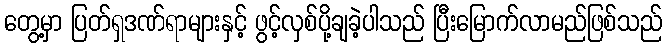
တွေ့မှာ ပြတ်ရှဒဏ်ရာများနှင့် ဖွင့်လှစ်ပို့ချခဲ့ပါသည် ပြီးမြောက်လာမည်ဖြစ်သည်